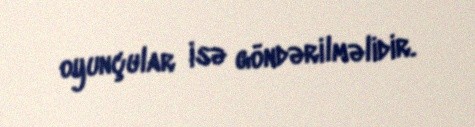
oyunçular isə göndərilməlidir.